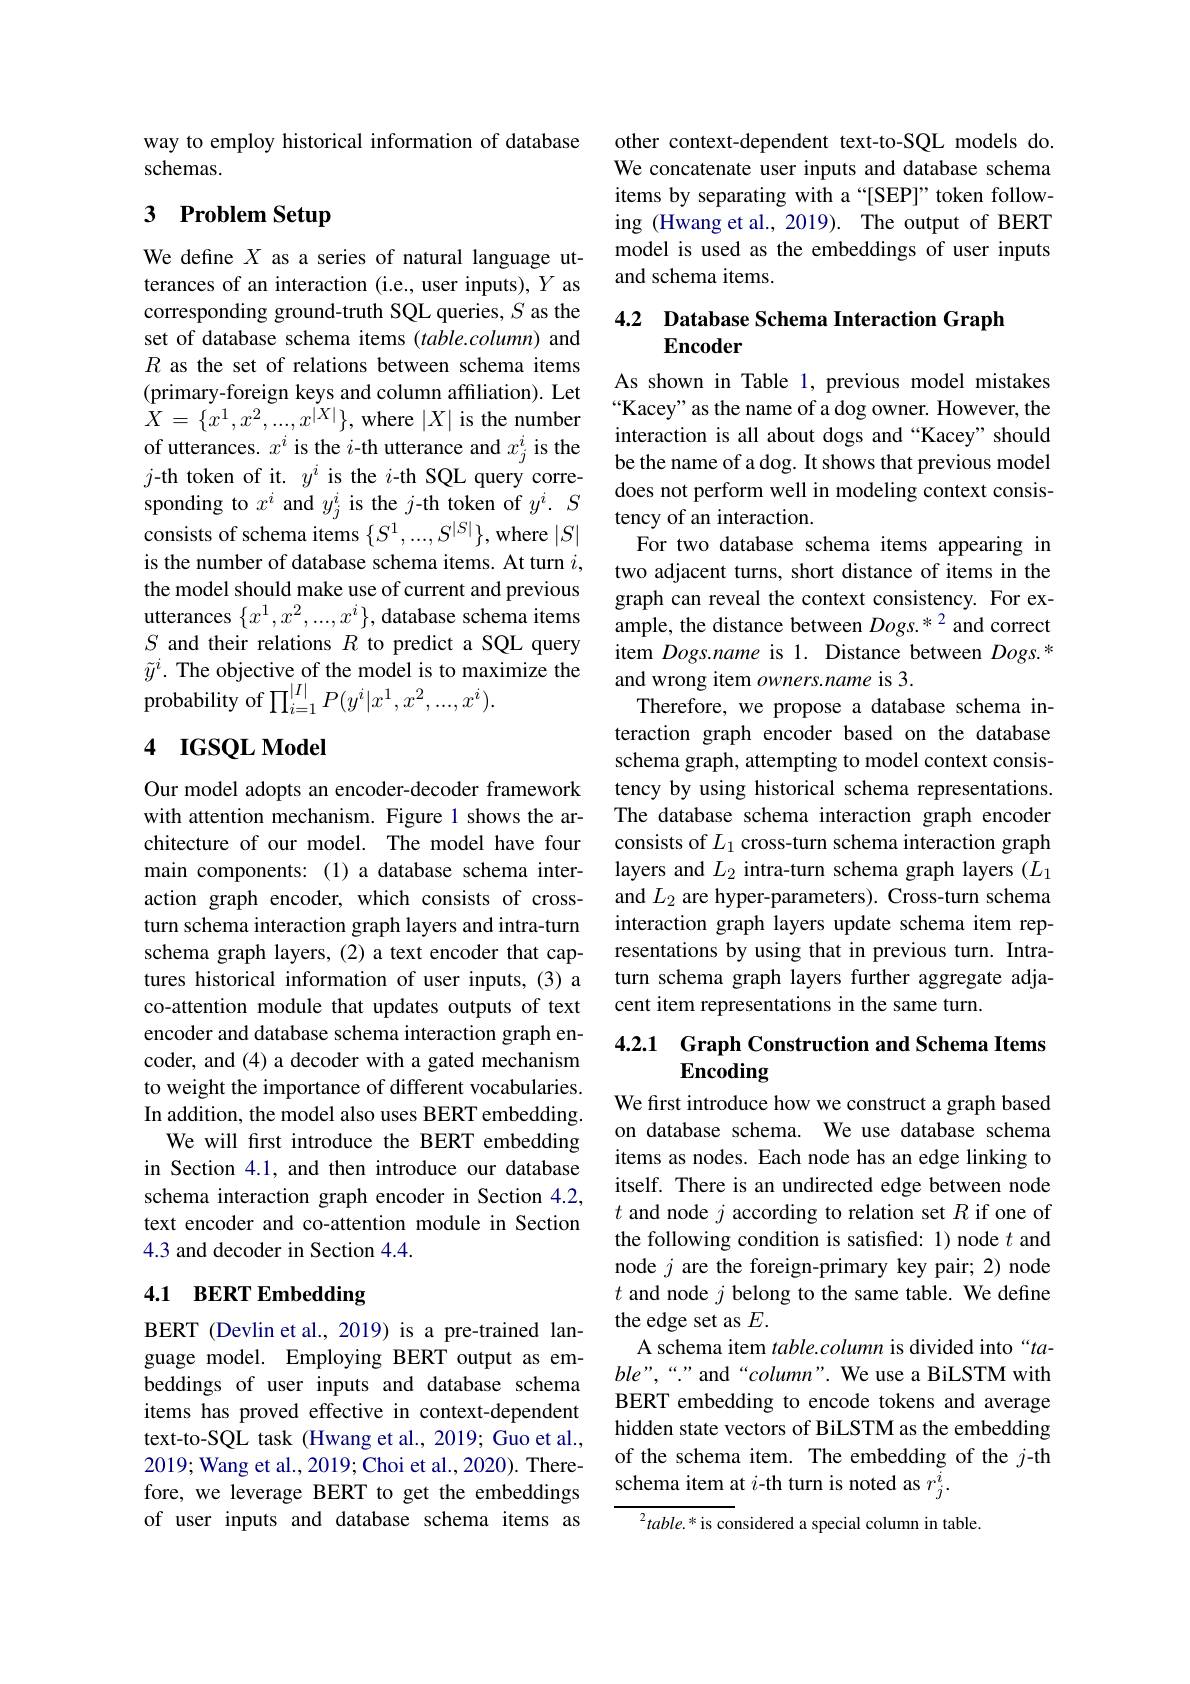
way to employ historical information of database
schemas.

## 3 Problem Setup

We define $X$ as a series of natural language utterances of an interaction (i.e., user inputs), $Y$ as corresponding ground-truth SQL queries, $S$ as the set of database schema items (table.column) and $R$ as the set of relations between schema items (primary-foreign keys and column affiliation). Let $\bar{X}=\{x^{1},x^{2},...,x^{|X|}\}$,where $|X|$ is the number of utterances. $x^i$ is the $i$-th utterance and $x_j^i$ is the $j$-th token of it. $y^i$ is the $i$-th SQL query corresponding to $x^i$ and $y_j^i$ is the $j$-th token of $y^i.S$ consists of schema items $\{S^1,...,S^{|S|}\}$,where $|S|$ is the number of database schema items. At turn $i$, the model should make use of current and previous utterances $\{ x^1, x^2, . . . , x^i\} $,database schema itemsglapli cali reveal ule consiselicy. ror ex- Gord thir arlotion $D$ to modist oSOI ousss ample, the distance between $Dogs. ^{* 2}$and correct
$S$ and their relations $R$ to predict a SQL query $\tilde{y}^i.$ The objective of the model is to maximize the ${\mathrm{probability~of~}\prod_{i=1}^{|I|}P(y^{i}|x^{1},x^{2},...,x^{i}).}$

## 4 IGSQL Model

Our model adopts an encoder-decoder framework with attention mechanism. Figure 1 shows the architecture of our model. The model have four main components:(1) a database schema interaction graph encoder, which consists of crossturn schema interaction graph layers and intra-turn schema graph layers, (2) a text encoder that captures historical information of user inputs, (3) a co-attention module that updates outputs of text encoder and database schema interaction graph encoder, and (4) a decoder with a gated mechanism to weight the importance of different vocabularies. In addition, the model also uses BERT embedding.
We will frst introduce the BERT embedding in Section 4.1, and then introduce our database schema interaction graph encoder in Section 4.2, text encoder and co-attention module in Section 4.3 and decoder in Section 4.4.

## 4.1 BERT Embedding

BERT (Devlin et al., 2019) is a pre-trained language model. Employing BERT output as embeddings of user inputs and database schema items has proved effective in context-dependent text-to-SQL task (Hwang et al., 2019; Guo et al., 2019; Wang et al., 2019; Choi et al., 2020). Therefore, we leverage BERT to get the embeddings of user inputs and database schema items as

other context-dependent text-to-SQL models do. We concatenate user inputs and database schema items by separating with a“[SEP]”token following (Hwang et al., 2019). The output of BERT model is used as the embeddings of user inputs and schema items.

## 4.2 Database Schema Interaction Graph $\mathbf{Encoder}$

As shown in Table 1, previous model mistakes “Kacey" as the name of a dog owner. However, the interaction is all about dogs and “Kacey” should be the name of a dog. It shows that previous model does not perform well in modeling context consistency of an interaction.
For two database schema items appearing in two adjacent turns, short distance of items in the graph can reveal the context consistency. For exitem Dogs.name is 1. Distance between $Dogs.^*$ and wrong item $owners.name$ is 3.
Therefore, we propose a database schema interaction graph encoder based on the database schema graph, attempting to model context consistency by using historical schema representations. The database schema interaction graph encoder consists of $L_1$ cross-turn schema interaction graph layers and $L_2$ intra-turn schema graph layers $(L_1$ and $L_2$ are hyper-parameters). Cross-turn schema interaction graph layers update schema item representations by using that in previous turn. Intraturn schema graph layers further aggregate adjacent item representations in the same turn.

## 4.2.1 Graph Construction and Schema Items Encoding

We first introduce how we construct a graph based on database schema. We use database schema items as nodes. Each node has an edge linking to itself. There is an undirected edge between node $t$ and node $j$ according to relation set $R$ if one of the following condition is satisfed: 1) node $t$ and node $j$ are the foreign-primary key pair; 2) node $t$ and node $j$ belong to the same table. We define the edge set as $E.$
A schema item table.column is divided into“ta- $ble”,“:”$ and“column”. We use a BiLSTM with BERT embedding to encode tokens and average hidden state vectors of BiLSTM as the embedding of the schema item. The embedding of the $j$-th schema item at $i$-th turn is noted as $r_j^i.$

$^{2}table.^{*}$is considered a special column in table.